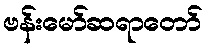
ဗန်းမော်ဆရာတော်